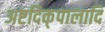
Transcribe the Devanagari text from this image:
अष्टदिक्‌पालादि